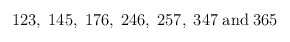
\begin{align*}123, \; 145, \; 176, \; 246, \; 257, \; 347 \; \mbox{and} \; 365\end{align*}